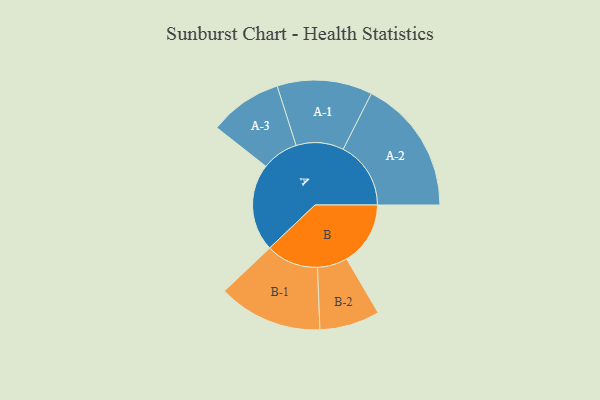
{"axis": {"x": "Segment", "y": "Value"}, "legend": ["", "A", "B"], "data": [{"x": "A", "y": 340, "type": ""}, {"x": "B", "y": 248, "type": ""}, {"x": "A-1", "y": 185, "type": "A"}, {"x": "A-2", "y": 263, "type": "A"}, {"x": "A-3", "y": 142, "type": "A"}, {"x": "B-1", "y": 203, "type": "B"}, {"x": "B-2", "y": 117, "type": "B"}]}